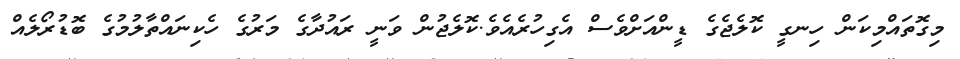
މިގޮތައްމިކަން ހިނގީ ކޮލެޖެގެ ޑީންއަށްވެސް އެގިހުރެއެވެ.ކޮލެޖުން ވަނީ ރައުދާގެ މަރުގެ ހެކިނައްތާލުމުގެ ބޮޑުރޯލެއް